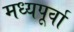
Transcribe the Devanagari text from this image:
मध्यपूर्वा